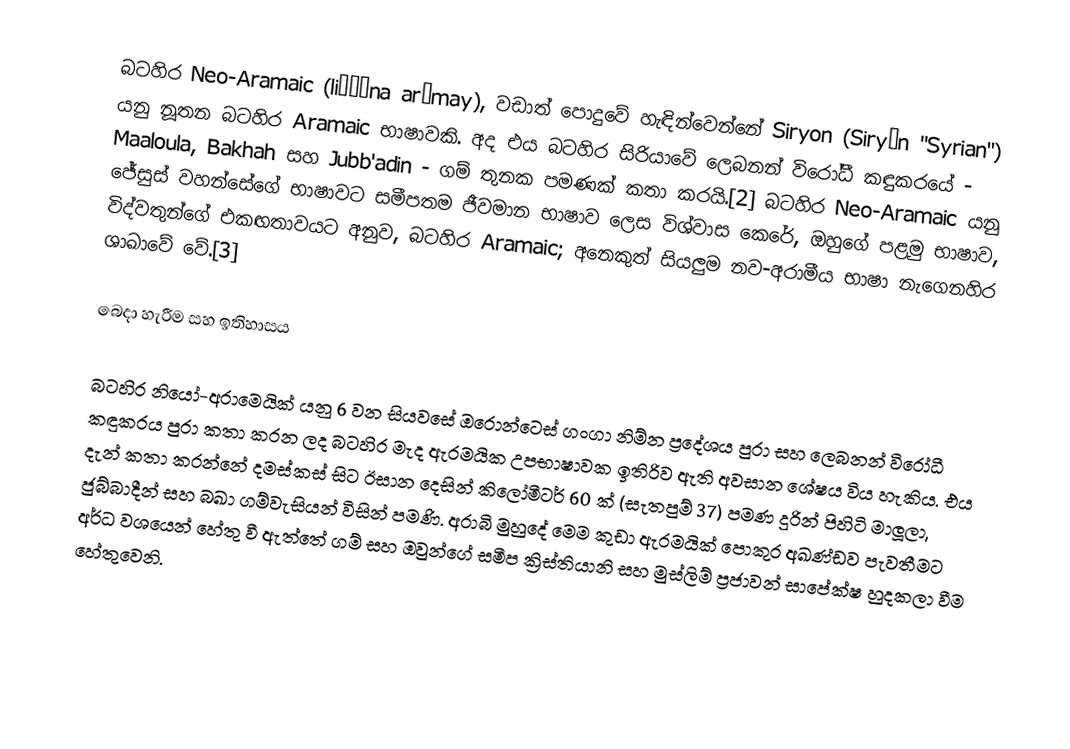
බටහිර Neo-Aramaic (liššōna arōmay), වඩාත් පොදුවේ හැඳින්වෙන්නේ Siryon (Siryōn "Syrian") යනු නූතන බටහිර Aramaic භාෂාවකි. අද එය බටහිර සිරියාවේ ලෙබනන් විරෝධී කඳුකරයේ - Maaloula, Bakhah සහ Jubb'adin - ගම් තුනක පමණක් කතා කරයි.[2] බටහිර Neo-Aramaic යනු ජේසුස් වහන්සේගේ භාෂාවට සමීපතම ජීවමාන භාෂාව ලෙස විශ්වාස කෙරේ, ඔහුගේ පළමු භාෂාව, විද්වතුන්ගේ එකඟතාවයට අනුව, බටහිර Aramaic; අනෙකුත් සියලුම නව-අරාමීය භාෂා නැගෙනහිර ශාඛාවේ වේ.[3]

බෙදා හැරීම සහ ඉතිහාසය

බටහිර නියෝ-අරාමෙයික් යනු 6 වන සියවසේ ඔරොන්ටෙස් ගංගා නිම්න ප්‍රදේශය පුරා සහ ලෙබනන් විරෝධී කඳුකරය පුරා කතා කරන ලද බටහිර මැද ඇරමයික උපභාෂාවක ඉතිරිව ඇති අවසාන ශේෂය විය හැකිය. එය දැන් කතා කරන්නේ දමස්කස් සිට ඊසාන දෙසින් කිලෝමීටර් 60 ක් (සැතපුම් 37) පමණ දුරින් පිහිටි මාලූලා, ජුබ්බාදීන් සහ බඛා ගම්වැසියන් විසින් පමණි. අරාබි මුහුදේ මෙම කුඩා ඇරමයික් පොකුර අඛණ්ඩව පැවතීමට අර්ධ වශයෙන් හේතු වී ඇත්තේ ගම් සහ ඔවුන්ගේ සමීප ක්‍රිස්තියානි සහ මුස්ලිම් ප්‍රජාවන් සාපේක්ෂ හුදකලා වීම හේතුවෙනි.